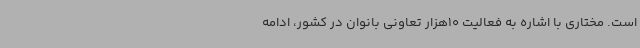
است. مختاری با اشاره به فعالیت 10هزار تعاونی بانوان در کشور، ادامه